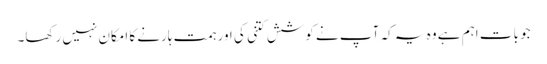
جو بات اہم ہے وہ یہ کہ آپ نے کوشش کتنی کی اور ہمت ہارنے کا امکان نہیں رکھا۔